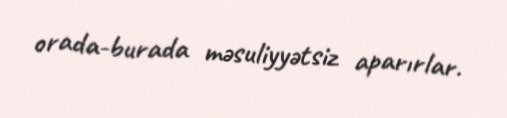
orada-burada məsuliyyətsiz aparırlar.